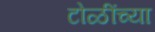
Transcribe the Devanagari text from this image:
टोळींच्या